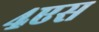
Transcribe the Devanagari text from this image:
४एस